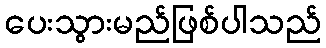
ပေးသွားမည်ဖြစ်ပါသည်